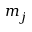
m _ { j }